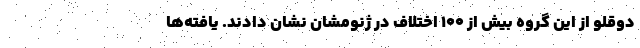
دوقلو از این گروه بیش از ۱۰۰ اختلاف در ژنومشان نشان دادند. یافته‌ها